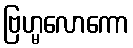
ဗြဟ္မလောကော